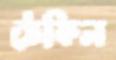
ঠেকিল